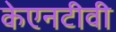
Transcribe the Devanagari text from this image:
केएनटीवी